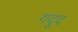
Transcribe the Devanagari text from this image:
गदूद